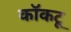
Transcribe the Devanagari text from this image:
कॉकटू